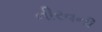
નીરવની